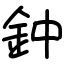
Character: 鈡